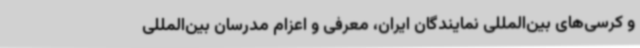
و کرسی‌های بین‌المللی نمایندگان ایران، معرفی و اعزام مدرسان بین‌المللی